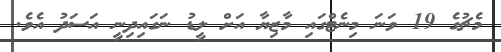
މެޗުގެ 19 ވަނަ މިނެޓްގައި މާޒިޔާ އަށް ލީޑު ނަގައިދިނީ އަސަދު އެވެ.